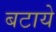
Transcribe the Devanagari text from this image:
बटाये